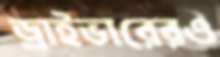
ড্রাইভারেরও